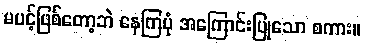
မပင့်ဖြစ်တော့ဘဲ နေကြပုံ အကြောင်းပြုသော စကား။